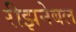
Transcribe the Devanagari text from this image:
रीझनेबल